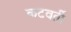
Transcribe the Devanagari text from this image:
कटवर्ती